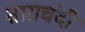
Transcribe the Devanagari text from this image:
ताराचंदी